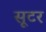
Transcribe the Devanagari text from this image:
सूटर